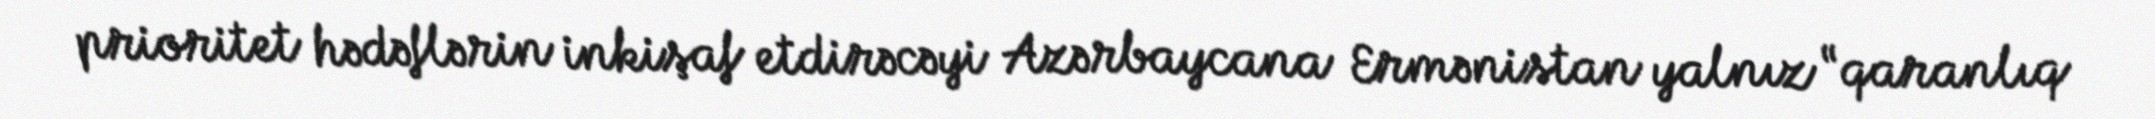
prioritet hədəflərin inkişaf etdirəcəyi Azərbaycana Ermənistan yalnız “qaranlıq